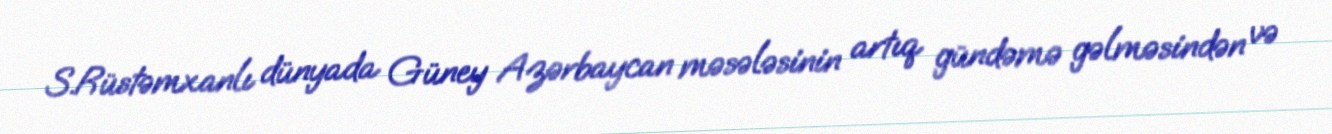
S.Rüstəmxanlı dünyada Güney Azərbaycan məsələsinin artıq gündəmə gəlməsindən və